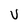
Character: U